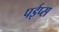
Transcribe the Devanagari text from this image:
पईप्स